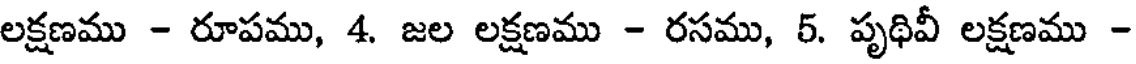
లక్షణము - రూపము, 4. జల లక్షణము - రసము, 5. పృథివీ లక్షణము -